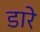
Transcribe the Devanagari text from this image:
डारे